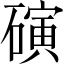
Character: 𬒞